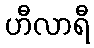
ဟီလာရီ